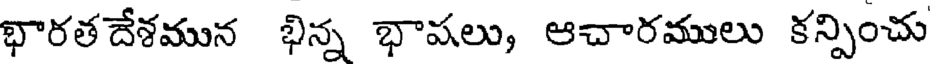
భారతదేశమున భిన్న భాషలు, ఆచారములు కన్పించు